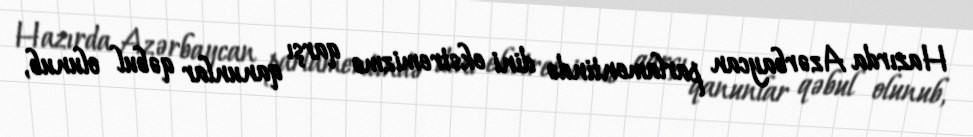
Hazırda Azərbaycan parlamentində dini ekstremizmə qarşı qanunlar qəbul olunub,